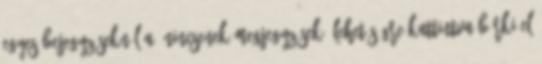
egyes bejegyzéseknél a „Nincsenek megjegyzések” lehetőségre kattintva bárki el